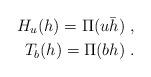
LaTeX: \begin{align*}H_u(h)=\Pi(u\bar{h})\ ,\\T_b(h)=\Pi(bh)\ .\end{align*}